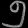
Digit: ၅